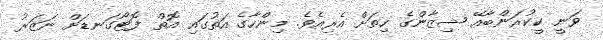
ވަނީ ކީކުރަންބާއޭ ޝިޒާންގެ ހިތަށް އެރިއެވެ. މިންހާގެ އަތުގައި އޮތް ފޮޓޯގަނޑަށް ނަޒަރު